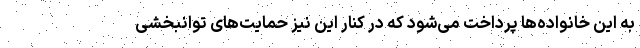
به این خانواده‌ها پرداخت می‌شود که در کنار این نیز حمایت‌های توانبخشی